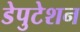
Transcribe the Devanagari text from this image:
डेपुटेशन